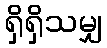
ရှိရှိသမျှ